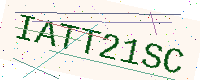
Text: IATT21SC